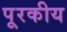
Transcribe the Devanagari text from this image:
पूरकीय